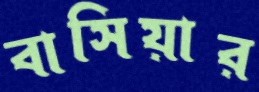
বাসিয়ার